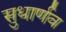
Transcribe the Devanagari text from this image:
सुधार्णव